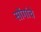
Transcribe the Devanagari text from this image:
सोंगांचे